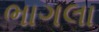
ભાગલા